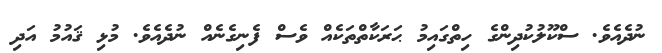
ނުދެއެވެ. ސްކޫލުކުދިންގެ ހިތްގައިމު ޙަރަކާތްތަކެއް ވެސް ފެނިގެނެއް ނުދެއެވެ. މުޅި ޤައުމު އަދި